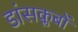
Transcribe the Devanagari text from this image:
डांसक्लबों